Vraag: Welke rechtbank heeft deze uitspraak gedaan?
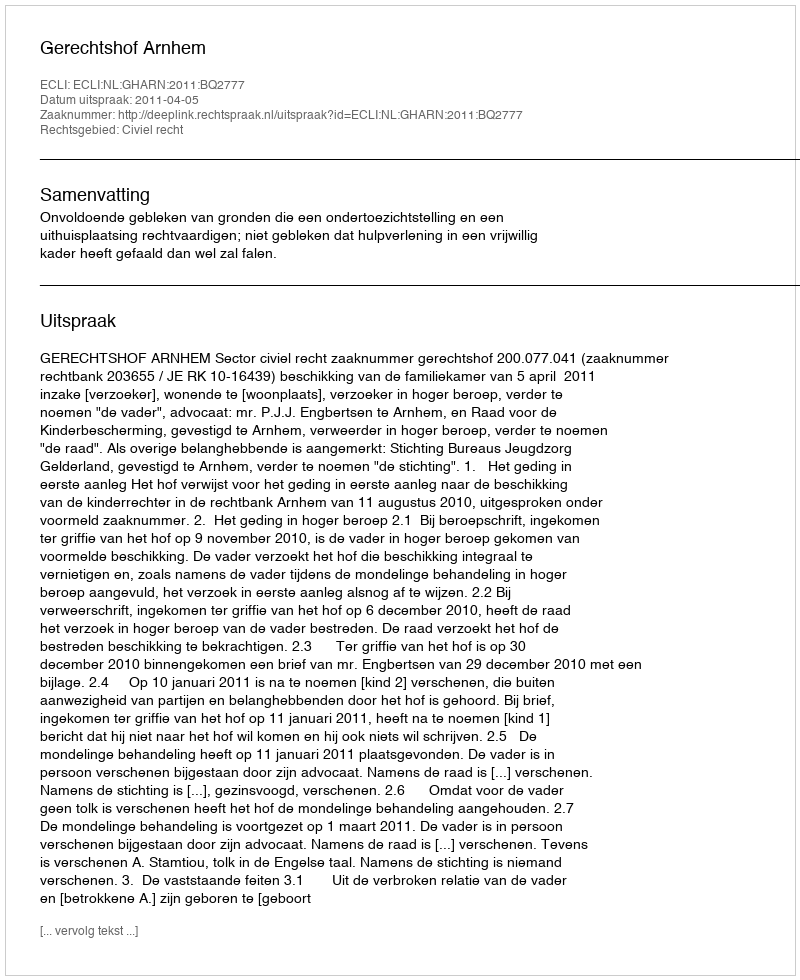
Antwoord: Gerechtshof Arnhem